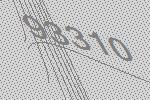
93310